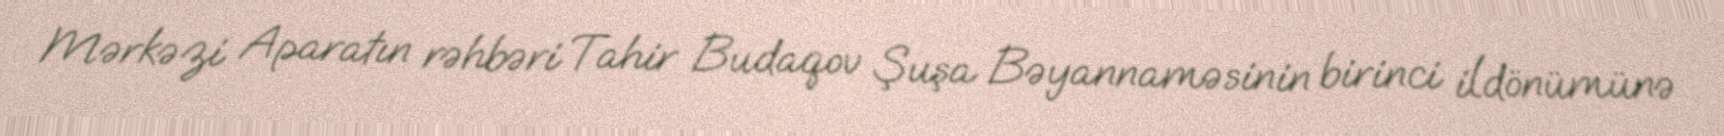
Mərkəzi Aparatın rəhbəri Tahir Budaqov Şuşa Bəyannaməsinin birinci ildönümünə